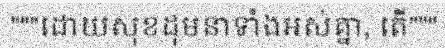
"""ដោយសុខដុមនាទាំងអស់គ្នា, តើ"""